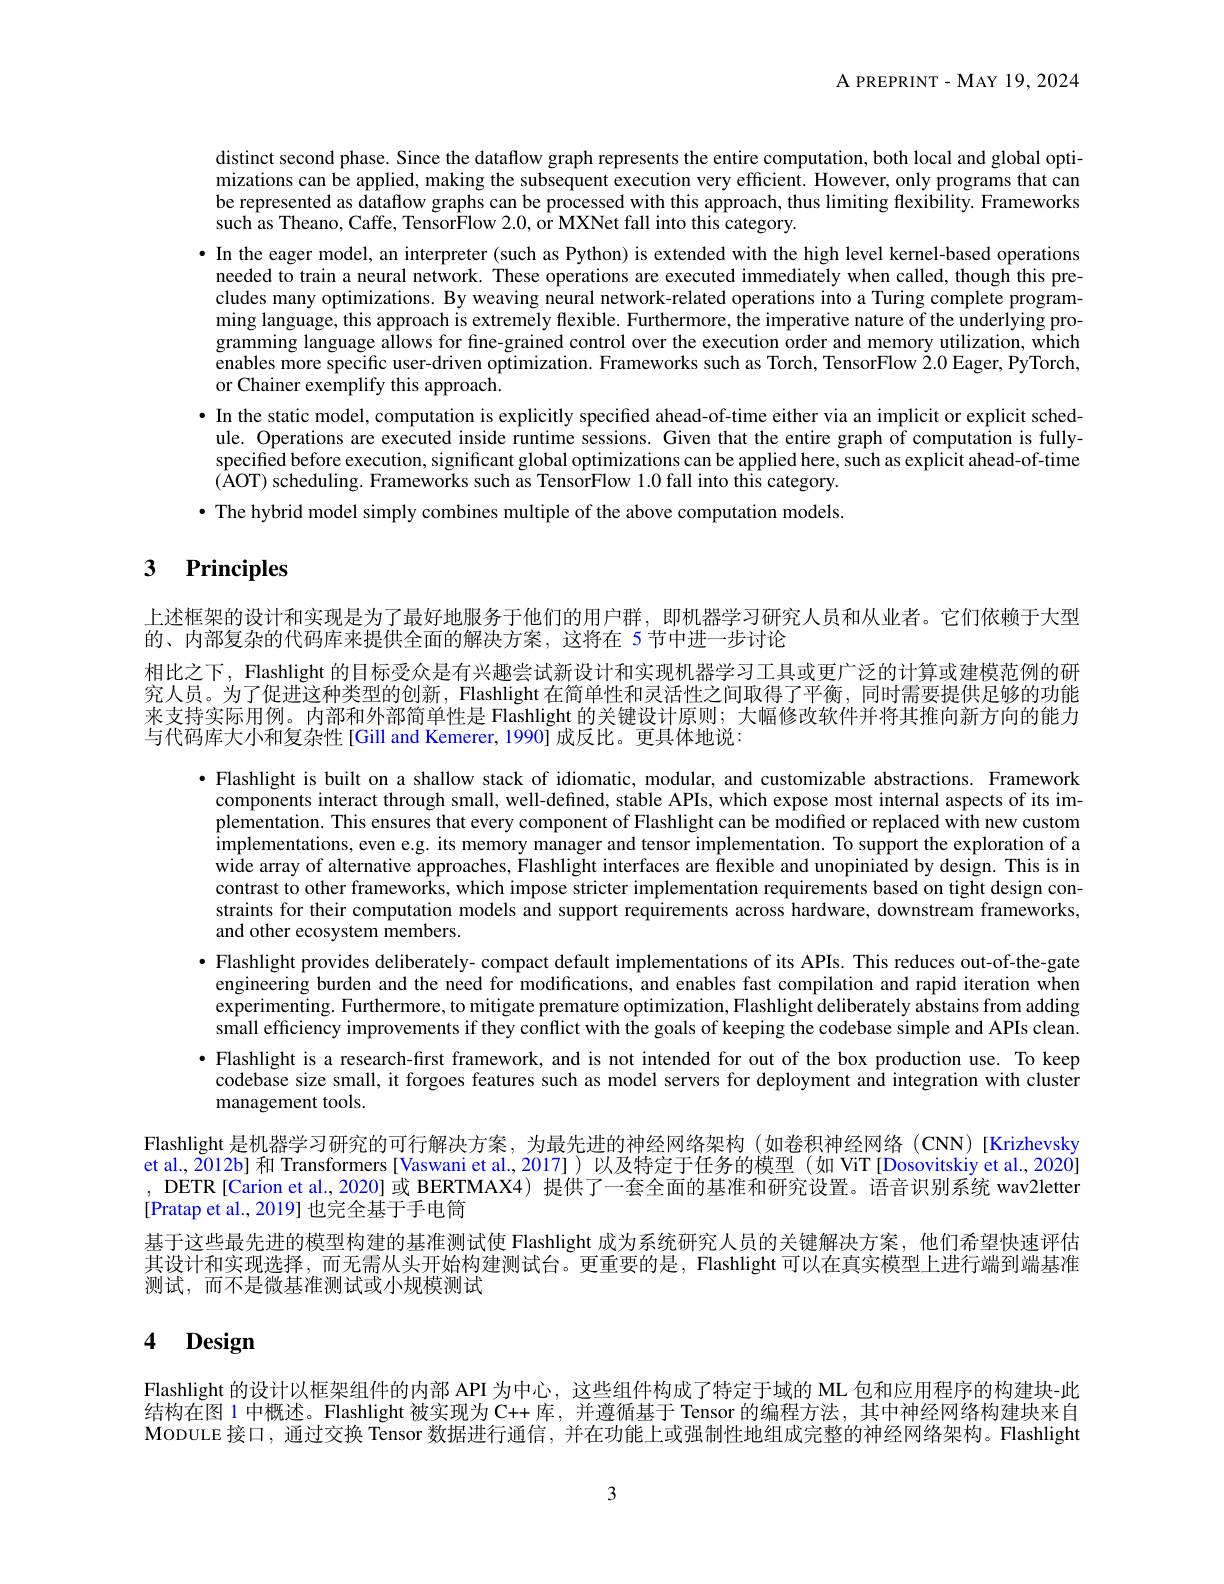
${\mathrm{A~PREPRINT-MAY~19,2024}}$

distinct second phase. Since the dataflow graph represents the entire computation, both local and global optimizations can be applied, making the subsequent execution very efficient. However, only programs that can be represented as dataflow graphs can be processed with this approach, thus limiting flexibility. Frameworks such as Theano, Caffe, Tensor$\hat{\text{Flow 2.0, or MXNet fall into this category.}}$
$\bullet$ In the eager model, an interpreter (such as Python) is extended with the high level kernel-based operations
needed to train a neural network. These operations are executed immediately when called, though this precludes many optimizations. By weaving neural network-related operations into a Turing complete programming language, this approach is extremely flexible. Furthermore, the imperative nature of the underlying programming language allows for fine-grained control over the execution order and memory utilization, which enables more specific user-driven optimization. Frameworks such as Torch, TensorFlow 2.0 Eager, PyTorch, or Chainer exemplify this approach.
$\bullet$ In the static model, computation is explicitly specified ahead-of-time either via an implicit or explicit sched
ule. Operations are executed inside runtime sessions. Given that the entire graph of computation is fullyspecified before execution, significant global optimizations can be applied here, such as explicit ahead-of-time $(\tilde{\mathrm{AOT}})$ scheduling. Frameworks such as TensorFlow 1.0 fall into this category. · The hybrid model simply combines multiple of the above computation models.

# 3 Principles

上述框架的设计和实现是为了最好地服务于他们的用户群，即机器学习研究人员和从业者。它们依赖于大型
的、内部复杂的代码库来提供全面的解决方案，这将在 5 节中进一步讨论
相比之下，Flashlight 的目标受众是有兴趣尝试新设计和实现机器学习工具或更广泛的计算或建模范例的研究人员。为了促进这种类型的创新，Flashlight 在简单性和灵活性之间取得了平衡，同时需要提供足够的功能来支持实际用例。内部和外部简单性是 Flashlight 的关键设计原则；大幅修改软件并将其推向新方向的能力与代码库大小和复杂性[Gill and Kemerer, 1990] 成反比。更具体地说：

$•$ Flashlight is built on a shallow stack of idiomatic, modular, and customizable abstractions. Framework components interact through small, well-defined, stable APIs, which expose most internal aspects of its implementation. This ensures that every component of Flashlight can be modified or replaced with new custom implementations, even e.g. its memory manager and tensor implementation. To support the exploration of a wide array of alternative approaches, Flashlight interfaces are flexible and unopiniated by design. This is in contrast to other frameworks, which impose stricter implementation requirements based on tight design constraints for their computation models and support requirements across hardware, downstream frameworks, and other ecosystem members.
$\bullet$ Flashlight provides deliberately- compact default implementations of its APIs. This reduces out-of-the-gate engineering burden and the need for modifications, and enables fast compilation and rapid iteration when experimenting. Furthermore, to mitigate premature optimization, Flashlight deliberately abstains from adding small efficiency improvements if they conflict with the goals of keeping the codebase simple and APIs clean. $\bullet$ Flashlight is a research-first framework, and is not intended for out of the box production use. To keep codebase size small, it forgoes features such as model servers for deployment and integration with cluster management tools.
Flashlight 是机器学习研究的可行解决方案，为最先进的神经网络架构 (如卷积神经网络(CNN)[Krizhevsky et al., Ž012b] 和 Transformers[Vaswani et al, 2017])以及特定于任务的模型(如 ViT[Dosovitskiy et al., 2020] DETR [Carion et al.,2020] 或 BERTMAX4) 提供了一套全面的基准和研究设置。语音识别系统 wav2letter [Pratap et al., 2019] 也完全基于手电筒
基于这些最先进的模型构建的基准测试使 Flashlight 成为系统研究人员的关键解决方案，他们希望快速评估其设计和实现选择，而无需从头开始构建测试台。更重要的是，Flashlight 可以在真实模型上进行端到端基准测试，而不是微基准测试或小规模测试

# 4 Design

Flashlight 的设计以框架组件的内部 API 为中心，这些组件构成了特定于域的 ML 包和应用程序的构建块-此结构在图 1 中概述。Flashlight 被实现为 C++ 库，并遵循基于 Tensor 的编程方法，其中神经网络构建块来自MoDULE 接口，通过交换 Tensor 数据进行通信，并在功能上或强制性地组成完整的神经网络架构。Flashlight

3